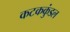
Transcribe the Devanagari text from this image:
कटककुंडल